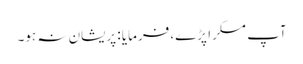
آپ مسکرا پڑے، فرمایا : پریشان نہ ہو۔